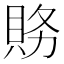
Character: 𮙽